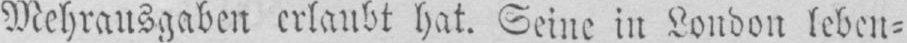
Mehrausgaben erlaubt hat. Seine in London leben⸗